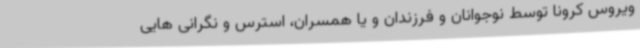
ویروس کرونا توسط نوجوانان و فرزندان و یا همسران، استرس و نگرانی هایی